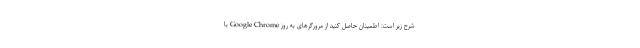
شرح زیر است: اطمینان حاصل کنید از مرورگرهای به روز Google Chrome یا